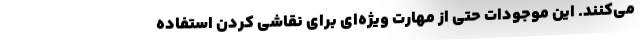
می‌کنند. این موجودات حتی از مهارت ویژه‌ای برای نقاشی کردن استفاده